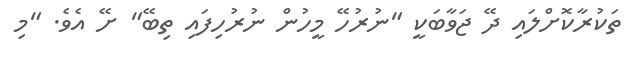
ތަކުރާކޮށްލައި ދޭ ޖަވާބަކީ "ނުރުހޭ މީހުން ނުރުހިފައި ތިބޭ" ށޭ އެވެ. "މި